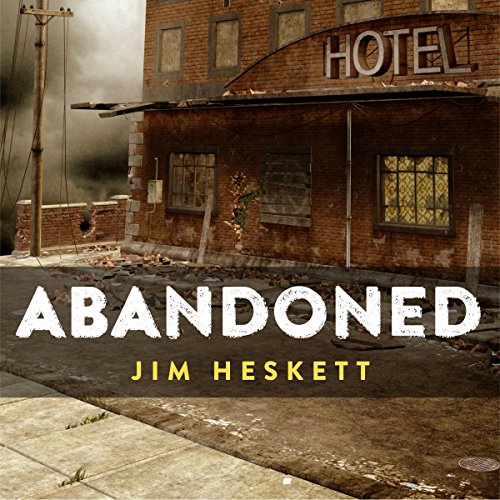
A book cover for Abandoned: Three Short Stories; Jim Heskett; Literature & Fiction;